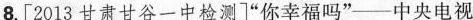
8.[2013甘肃甘谷一中检测]”你幸福吗”--中央电视